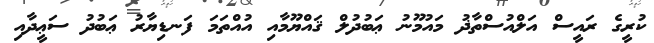
ކުރީގެ ރައީސް އަލްއުސްތާޛު މައުމޫނު ޢަބުދުލް ޤައްޔޫމާއި އުއްތަމަ ފަނޑިޔާރު ޢަބުދު ސަޢީދާއި